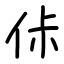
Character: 㑐